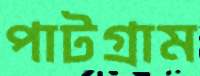
পাটগ্রাম